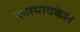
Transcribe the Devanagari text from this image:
कारमायकेल